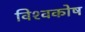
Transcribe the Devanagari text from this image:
विश्‍वकोष